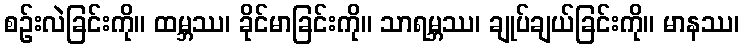
စဉ်းလဲခြင်းကို။ ထမ္ဘဿ၊ ခိုင်မာခြင်းကို။ သာရမ္ဘဿ၊ ချုပ်ချယ်ခြင်းကို။ မာနဿ၊